Vaccination in Bombay 1863-1868 - 1863-1868
Year: 1863
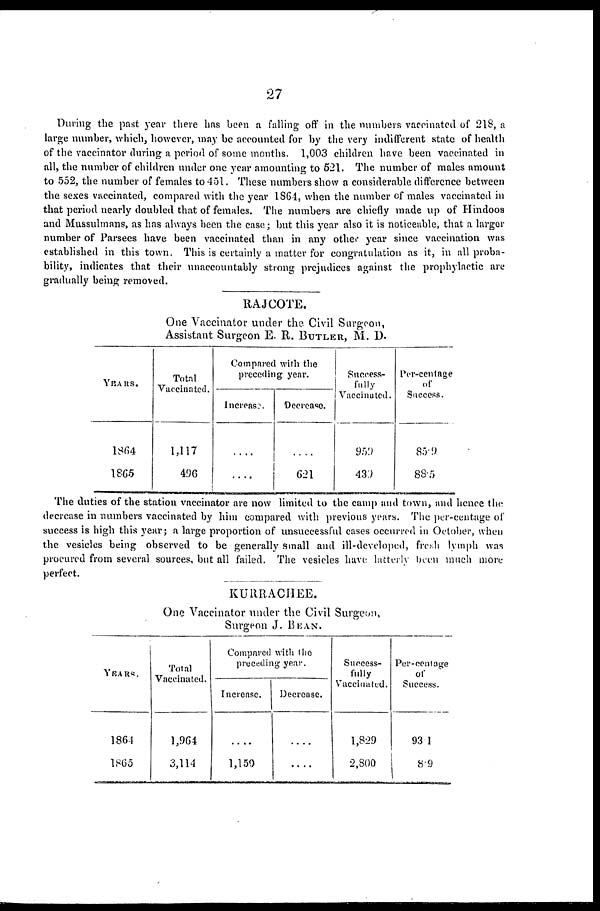
27
During the past year there has been a falling off in the numbers vaccinated of 218, a
large number, which, however, may be accounted for by the very indifferent state of health
of the vaccinator during a period of some months. 1,003 children have been vaccinated in
all, the number of children under one year amounting to 521. The number of males amount
to 552, the number of females to 451. These numbers show a considerable difference between
the sexes vaccinated, compared with the year 1864, when the number of males vaccinated in
that period nearly doubled that of females. The numbers are chiefly made up of Hindoos
and Mussulmans, as has always been the case; but this year also it is noticeable, that a larger
number of Parsees have been vaccinated than in any other year since vaccination was
established in this town. This is certainly a matter for congratulation as it, in all proba-
bility, indicates that their unaccountably strong prejudices against the prophylactic are
gradually being removed.
RAJCOTE.
One Vaccinator under the Civil Surgeon,
Assistant Surgeon E. R. BUTLER, M. D.
YEARS.
1864
1865
Total
Vaccinated.
1,117
496
Compared with the
preceding year.
Increase.
....
....
Decrease.
....
621
Success-
fully
Vaccinated.
959
439
Per-centage
of
Success.
85.9
88.5
The duties of the station vaccinator are now limited to the camp and town, and hence the
decrease in numbers vaccinated by him compared with previous years. The per-centage of
success is high this year; a large proportion of unsuccessful cases occurred in October, when
the vesicles being observed to be generally small and ill-developed, fresh lymph was
procured from several sources, but all failed. The vesicles have latterly been much more
perfect.
KURRACHEE.
One Vaccinator under the Civil Surgeon,
Surgeon J. BEAN.
YEARS.
1864
1865
Total
Vaccinated.
1,964
3,114
Compared with the
preceding year.
Increase.
....
1,150
Decrease.
....
....
Success-
fully
Vaccinated.
1,829
2,800
Per-centage
of
Success.
93.1
8.9